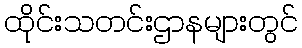
ထိုင်းသတင်းဌာနများတွင်